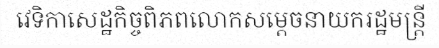
វេទិកាសេដ្ឋកិច្ចពិភពលោកសម្តេចនាយករដ្ឋមន្ត្រី